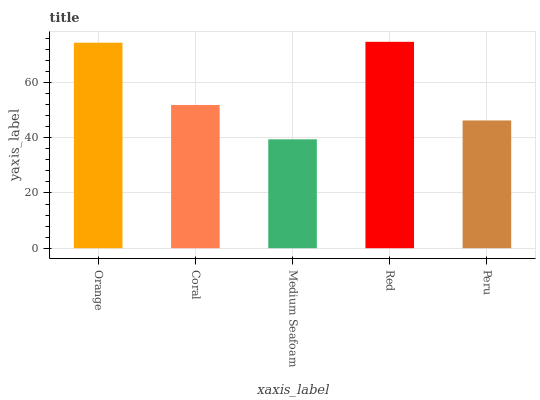
| xaxis_label | bars |
 | --- | --- |
 | Orange | 74.4 |
 | Coral | 51.8 |
 | Medium Seafoam | 39.4 |
 | Red | 74.7 |
 | Peru | 46.2 |